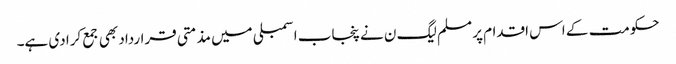
حکومت کے اس اقدام پر مسلم لیگ ن نے پنجاب اسمبلی میں مذمتی قرارداد بھی جمع کرا دی ہے۔